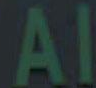
Al